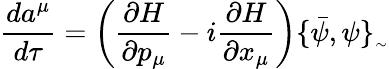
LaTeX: \frac{da^{\mu}}{d\tau}=\left(\frac{\partial H}{\partial p_{\mu}}-i\frac{\partial H}{\partial x_{\mu}}\right)\{ \bar{\psi},\psi\} _{_{\sim}}